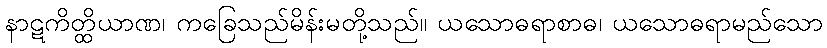
နာဋကိတ္ထိယာဏ၊ ကခြေသည်မိန်းမတို့သည်။ ယသောဓရာစာဓ၊ ယသောဓရာမည်သော